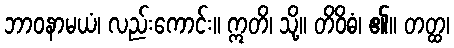
ဘာဝနာမယံ၊ လည်းကောင်း။ ဣတိ၊ သို့။ တိဝိဓံ၊ ၏။ တတ္ထ၊